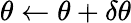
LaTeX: \theta\gets\theta+\delta\theta